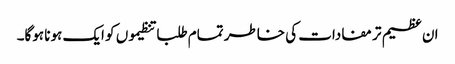
ان عظیم تر مفادات کی خاطر تمام طلبا تنظیموں کو ایک ہونا ہوگا۔